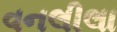
વનલીલા